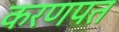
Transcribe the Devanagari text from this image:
करणपत